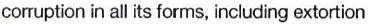
corruption in all its forms, including extortion